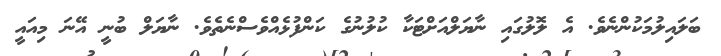
ބަލައިލުމަކުންނެވެ. އެ ލޮލުގައި ނާޔަލްއަށްޓަކާ ކުލުނުގެ ކަންފުޅެއްވެސްނެތެވެ. ނާޔަލް ބުނީ އޭނަ މިއައީ